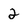
Character: 2